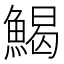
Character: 𩹄